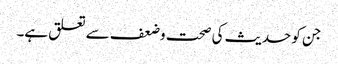
جن کو حدیث کی صحت وضعف سے تعلق ہے۔